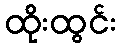
ထိုးထွင်း